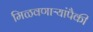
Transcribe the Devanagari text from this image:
मिळवणाऱ्यांपैकी